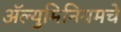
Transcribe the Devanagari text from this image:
अॅल्युमिनियमचे